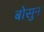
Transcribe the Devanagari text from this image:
बोसुन